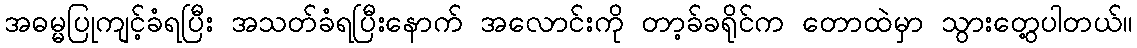
အဓမ္မပြုကျင့်ခံရပြီး အသတ်ခံရပြီးနောက် အလောင်းကို တာ့ခ်ခရိုင်က တောထဲမှာ သွားတွေ့ပါတယ်။